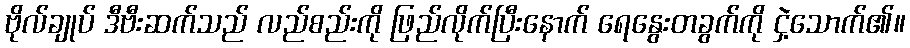
ဗိုလ်ချုပ် ဒီဗီးဆက်သည် လည်စည်းကို ဖြည်လိုက်ပြီးနောက် ရေနွေးတခွက်ကို ငှဲ့သောက်၏။